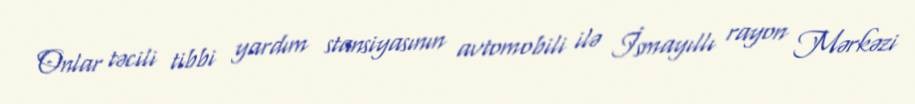
Onlar təcili tibbi yardım stansiyasının avtomobili ilə İsmayıllı rayon Mərkəzi